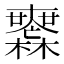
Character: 𣠮